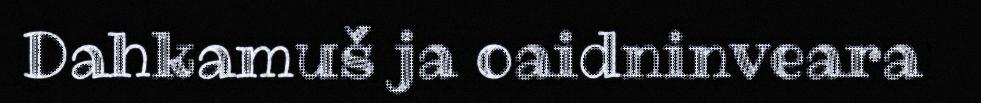
Dahkamuš ja oaidninveara